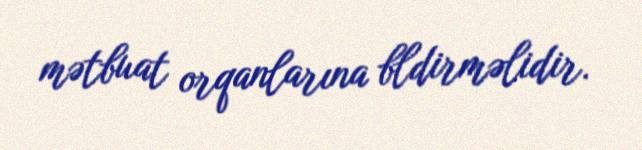
mətbuat orqanlarına bldirməlidir.